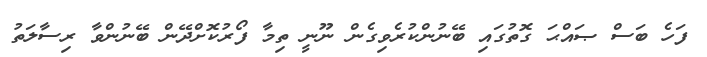
ފަހެ ބަސް ޞައްޙަ ގޮތުގައި ބޭނުންކުރެވިގެން ނޫނީ ތިމާ ފޯރުކޮށްދޭން ބޭނުންވާ ރިސާލަތު